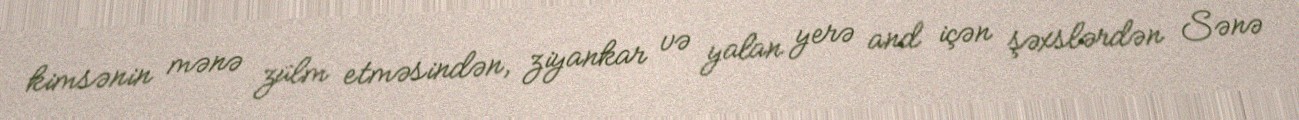
kimsənin mənə zülm etməsindən, ziyankar və yalan yerə and içən şəxslərdən Sənə